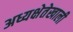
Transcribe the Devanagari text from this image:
अध्यक्षेतेखाली